Black-water fever - Number 35
Disease focus: Fever
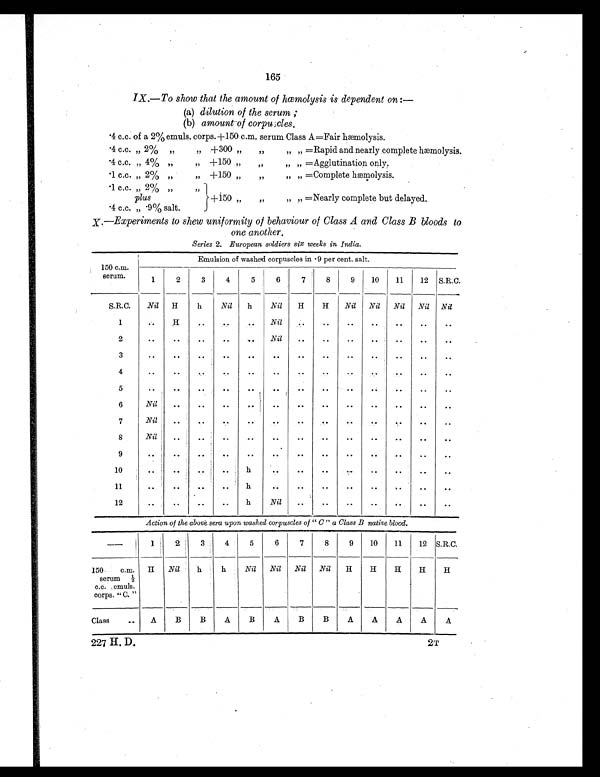
165
IX.—To show that the amount of hæmolysis is dependent on : —
(a)
d i l u t i o n o f t h e s e r u m ;
(a)
(b)
a m o u n t o f c o r p u s c l e s .
.4 c.c. of a 2% emuls. corps. + 150 c.m. serum Class A =
F a i r h æ m o l y s i s .
.4 c.c. „ 2% „ „
+ 300 „
„
„ = Rapid and nearly complete hæmolysis.
.4 c.c. „ 4% „ „
+
150 „
„
„ „ = Agglutination only.
.1 c.c. „ 2% „ „
+
150 „
„
„ „ = Complete hæmolysis.
.1 c.c. ,, 2% „
,,
plus
+
150 „ „ ,, = Nearly complete but delayed.
.4 c.c. „ .9% salt.
X.—Experiments to shew uniformity of behaviour of Class A and Class B bloods to
one another.
Series 2. European soldiers six weeks in India.
150 c.m.
serum.
Emulsion of washed corpuscles in .9 per cent. salt.
1
2
3
4
5 6
7
8
9
10
11
12
S.R.C.
S.R.C.
Nil
H
h
Nil
h
Nil
H
H
Nil
Nil
Nil
Nil
Nil
1
..
H
. .
. .
. .
Nil
. .
. .
. .
. .
. .
. .
..
2
..
. .
. .
..
. .
Nil
. .
..
. .
..
..
. .
. .
3
. .
. .
. .
. .
. .
. .
. .
. .
..
..
. .
..
..
4
..
..
. .
. .
. .
..
. .
. .
. .
. .
. .
..
..
5
..
..
..
. .
. .
. .
. .
. .
. .
. .
. .
..
..
6
Nil
. .
. .
..
. .
. .
. .
. .
. .
..
..
..
..
7
Nil.
. .
. .
. .
. .
..
. .
. .
. .
. .
. .
. .
. .
8
Nil
. .
. .
..
. .
. .
. .
. .
. .
. .
. .
. .
. .
9
..
. .
. .
. .
. .
. .
. .
. .
. .
. .
. .
. .
. .
10
. .
••
. .
. .
h
. .
. .
. .
. .
..
. .
..
..
11
. .
. .
. .
. .
h
..
. .
..
. .
..
. .
. .
. .
12
..
. . ..
. . h
Nil
. .
. .
. .
..
. .
. .
..
Action of the above sera upon washed corpuscles of " C " a Class B native blood.
—
1
2
3
4
5
6
7
8
9
10
11
12 S.R.C.
150
c.m.
serum ½
c.c. emuls.
corps. "C. "
H
Nil. h
h
Nil
Nil
Nil
Nil
H
H
H
H
H
Class
..
A
B B
A
B
A
B B
A
A
A
A
A
227 H. D.
2T